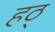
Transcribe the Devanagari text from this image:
हठ्